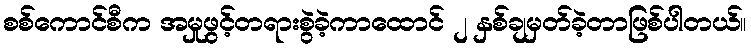
စစ်ကောင်စီက အမှုဖွင့်တရားစွဲခဲ့ကာထောင် ၂ နှစ်ချမှတ်ခဲ့တာဖြစ်ပါတယ်။